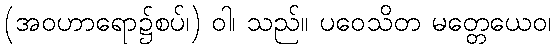
(အဝဟာရော၌စပ်၊) ဝါ၊ သည်။ ပဝေသိတ မတ္တေယေဝ၊